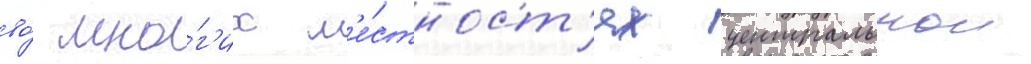
во́ мно́г'их м'е́стност'ях центральнои